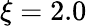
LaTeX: \xi=2.0